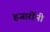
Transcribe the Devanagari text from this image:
हजारोंनी